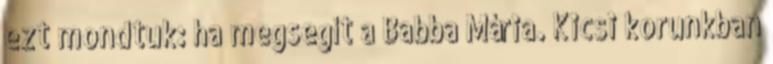
ezt mondtuk: ha megsegít a Babba Mária. Kicsi korunkban